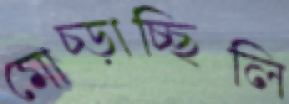
মোচ্‌ড়াচ্ছিলি